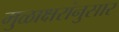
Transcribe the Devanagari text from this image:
मुळाक्षरांनुसार